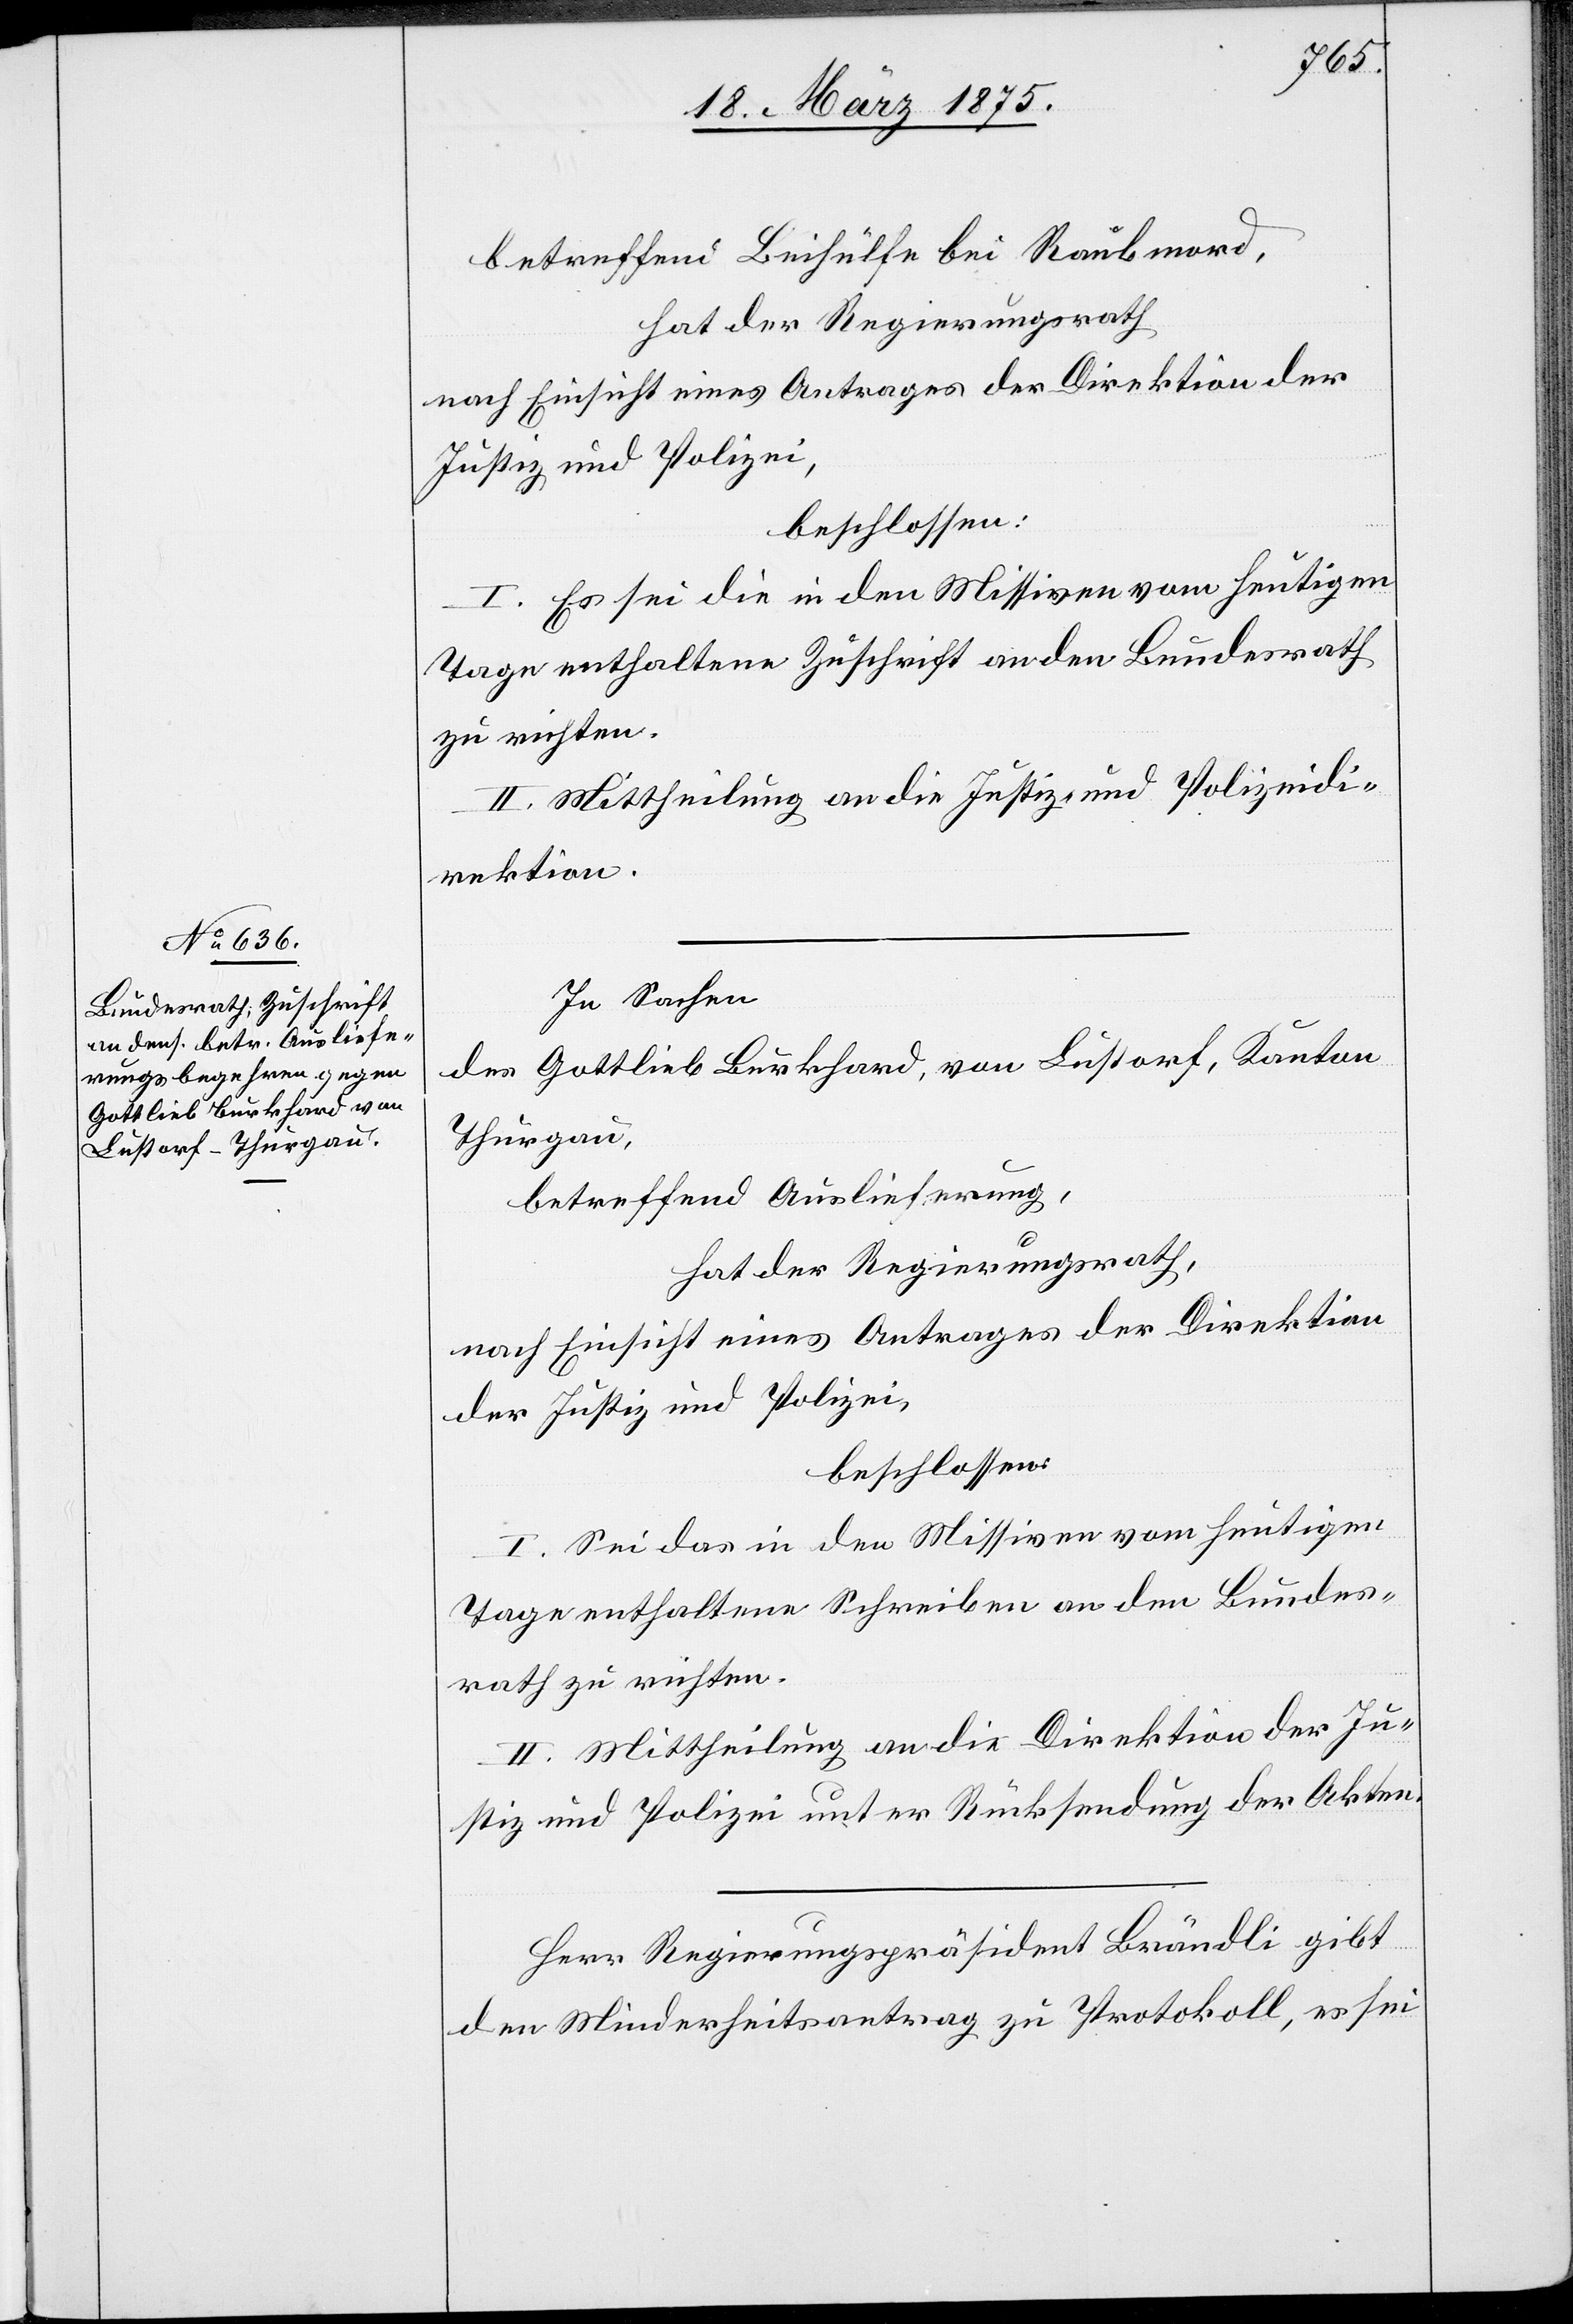
betreffend Beihülfe bei Raubmord,
hat der Regierungsrath
nach Einsicht eines Antrages der Direktion der
Justiz und Polizei,
beschlossen:
I. Es sei die in den Missiven vom heutigen
Tage enthaltene Zuschrift an den Bundesrath
zu richten.
II. Mittheilung an die Justiz- und Polizeidi¬
rektion.
In Sachen
des Gottlieb Burkhard, von Lustorf, Kanton
Thurgau,
betreffend Auslieferung,
hat der Regierungsrath,
nach Einsicht eines Antrages der Direktion
der Justiz und Polizei,
beschlossen:
I. Sei das in den Missiven vom heutigen
Tage enthaltene Schreiben an den Bundes¬
rath zu richten.
II. Mittheilung an die Direktion der Ju¬
stiz und Polizei unter Rücksendung der Akten.
Herr Regierungspräsident Brändli gibt
den Minderheitsantrag zu Protokoll, es sei